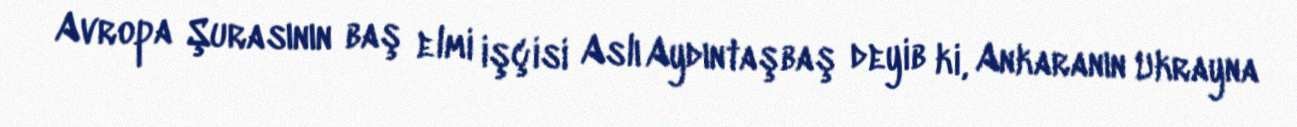
Avropa Şurasının baş elmi işçisi Aslı Aydıntaşbaş deyib ki, Ankaranın Ukrayna